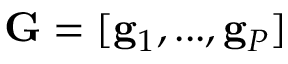
\mathbf { G } = [ \mathbf { g } _ { 1 } , . . . , \mathbf { g } _ { P } ]